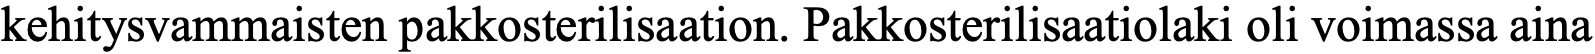
kehitysvammaisten pakkosterilisaation. Pakkosterilisaatiolaki oli voimassa aina